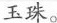
玉珠。